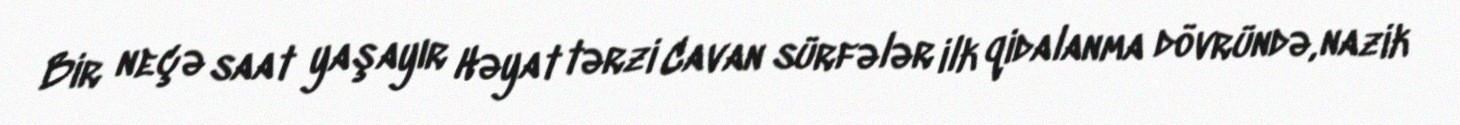
Bir neçə saat yaşayır Həyat tərzi Cavan sürfələr ilk qidalanma dövründə, nazik